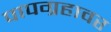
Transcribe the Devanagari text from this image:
पापग्रहावर